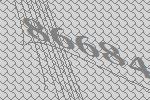
86684